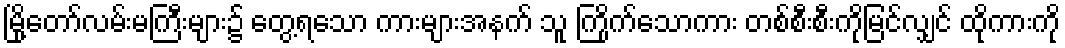
မြို့တော်လမ်းမကြီးများ၌ တွေ့ရသော ကားများအနက် သူ ကြိုက်သောကား တစ်စီးစီးကိုမြင်လျှင် ထိုကားကို